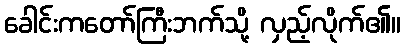
ခေါင်းကတော်ကြီးဘက်သို့ လှည့်လိုက်၏။